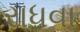
રાધવા